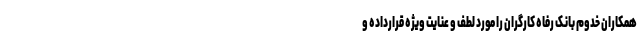
همکاران خدوم بانک رفاه کارگران را مورد لطف و عنایت ویژه قرارداده و